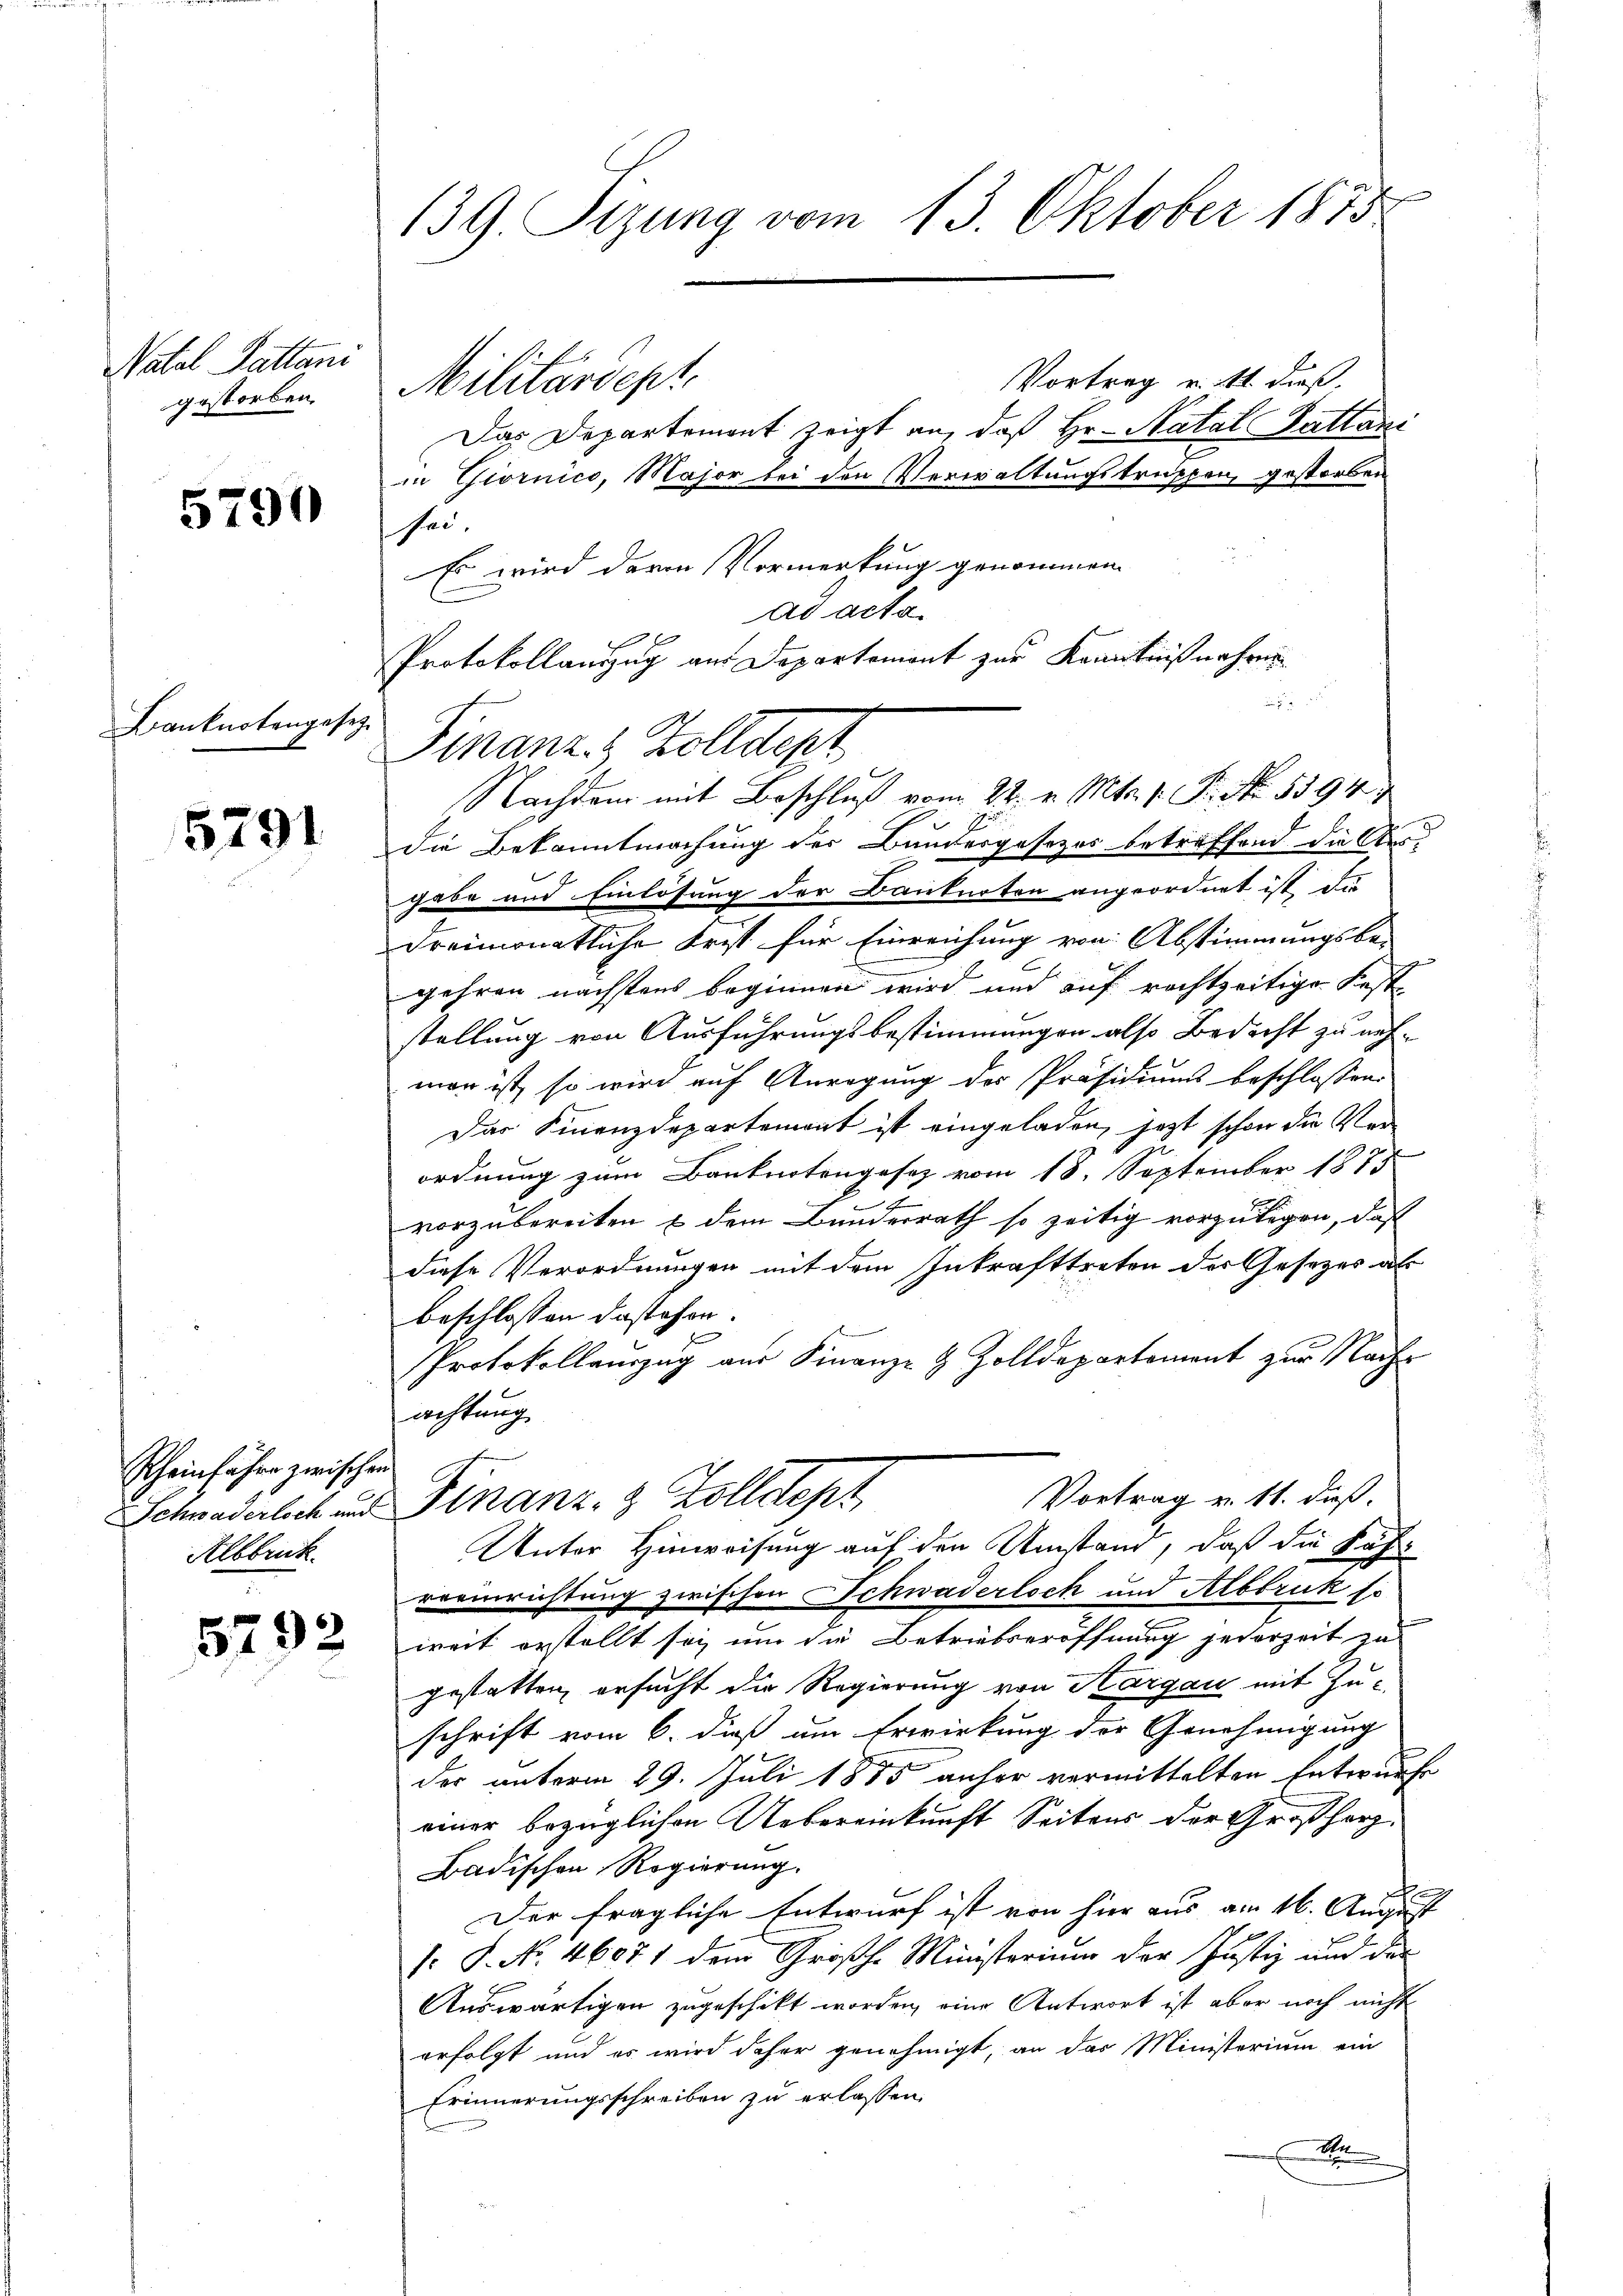
Natal Pattani
gestorben.

5790

Banknotengesez

5791

Rheinfahre zwischen
Albbruck

5792

139. Sizung vom 13. Oktober 1875

f

Vortrag u. 11. daß
Das Departement zeigt an, daß Hr. Katal Kathari
in Giornico, Major bei den Verwaltungstruppen gestorben
sei.
Es wird darin Vormerkung genommen.
ad acta.
Protokollauszug aus Departemont zur Kenntnißnahme
Finanz) Zolldeph
e
die Bekanntmachung der Bandesgesezes betreffend die Aus-
gabe und Einlösung der Banknoten angeordnet ist, die
dreimonatliche Frist für Einreichung von Abstimmungsbe-
gehren nächstens beginnen wird und auf rechtzeitige Fest
stellung von Ausführungsbestimmungen also Bedacht zu nehmar ist, so wird auf Anregung der Präsidiums beschlossen:
Das Finanzdepartemont ist eingeladen, jetzt schon die Verordnung zum Bankartengesetz vom 18. September 1875
vorzubereiten & dem Bunderrath so zeitig vorzulegen, daß
diese Verordnungen mit dem Inkrafttreten des Gesetzes als
beschlossen dassehen.
Protokollauszug aus Finanz- & Zolldepartement zur Nach-
achtung
Vortrag u. 11. daß
Schwederlich und Finanz- 8 Zolldept
Unter Hinweisung auf den Umstand, daß die Kräfreeinrichtung zwischen Schwaderloch und Abbruck so
weit erstellt sei um die Betrübseröffnung jederzeit zu
gestatten, ersucht die Regierung von Hargau mit Zuschrift vom 6. dieß um Erwirkung der Genehmigung
der unterm 29. Juli 1885 anher vermittelten Entwurfe
einer bezüglichen Uebereinkunft Seitens der Großherz¬
Badischen Regierung.
n
Der fragliche Entwurf ist von hier aus am 16. August
: P. Nr. 46071 dem Großh. Münsterium der Justiz und der
Auswärtigen zugeschikt worden, eine Antwort ist aber noch nicht
erfolgt und es wird daher genehmigt, an das Ministerium ein
Erinnerungsschreiben zu erlassen.
A
.

Militärdept.

Nachdem mit Beschluß vom 22. v. Mts. 1. P. No. 5394